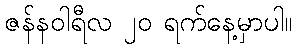
ဇန်နဝါရီလ ၂၀ ရက်နေ့မှာပါ။